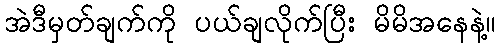
အဲဒီမှတ်ချက်ကို ပယ်ချလိုက်ပြီး မိမိအနေနဲ့။